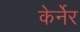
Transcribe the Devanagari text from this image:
केर्नेर